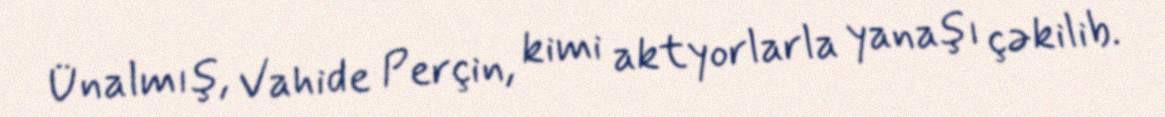
Ünalmış, Vahide Perçin, kimi aktyorlarla yanaşı çəkilib.